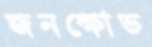
জনক্ষোভ